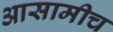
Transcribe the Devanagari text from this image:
आसामीच